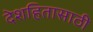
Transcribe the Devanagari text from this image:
देशहितासाठी